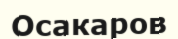
Осакаров